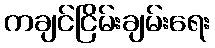
ကချင်ငြိမ်းချမ်းရေး